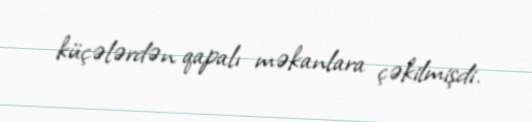
küçələrdən qapalı məkanlara çəkilmişdi.